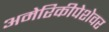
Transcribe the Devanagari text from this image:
अमेरिकीपेशेवर